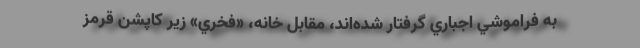
به فراموشي اجباري گرفتار شده‌اند، مقابل خانه، «فخري» زير كاپشن قرمز